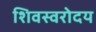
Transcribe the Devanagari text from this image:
शिवस्वरोदय